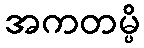
အကတမ္ပိ